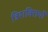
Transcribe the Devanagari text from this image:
त्रिशक्तियों